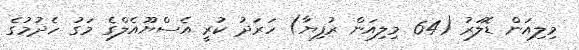
މިލިއަން ޑޮލަރު (64 މިލިއަން ރުފިޔާ) ހަރަދު ކުރީ އެސްޔޫއެލްގެ މަގު ހެދުމުގެ